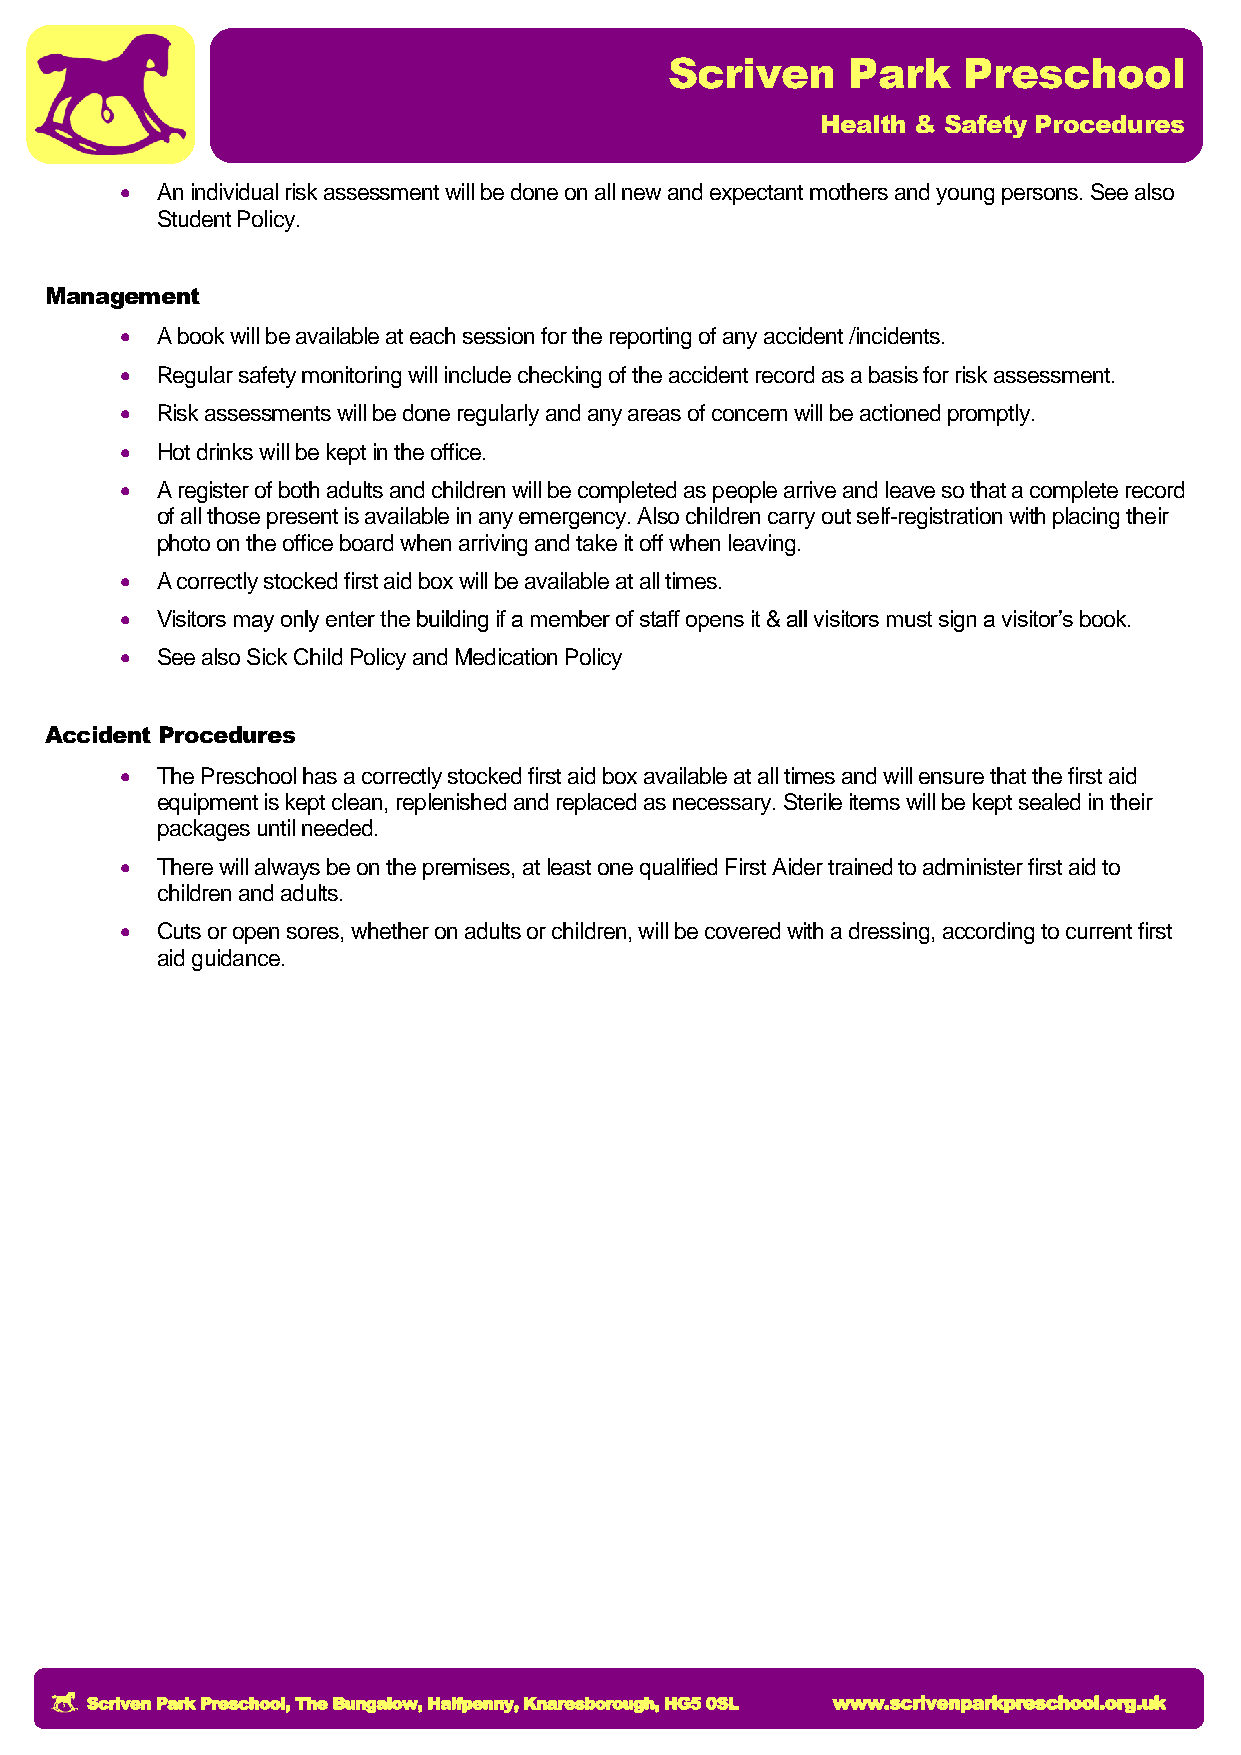
Scriven     Park    Preschool
 Health & Safety Procedures
  An individual risk assessment will be done on all new and expectant mothers and young persons. See also
 Student Policy.
 Management
  A book will be available at each session for the reporting of any accident /incidents.
  Regular safety monitoring will include checking of the accident record as a basis for risk assessment.
  Risk assessments will be done regularly and any areas of concern will be actioned promptly.
  Hot drinks will be kept in the office.
  A register of both adults and children will be completed as people arrive and leave so that a complete record
 of all those present is available in any emergency. Also children carry out self-registration with placing their
 photo on the office board when arriving and take it off when leaving.
  A correctly stocked first aid box will be available at all times.
  Visitors may only enter the building if a member of staff opens it & all visitors must sign a visitor’s book.
  See also Sick Child Policy and Medication Policy
 Accident Procedures
  The Preschool has a correctly stocked first aid box available at all times and will ensure that the first aid
 equipment is kept clean, replenished and replaced as necessary. Sterile items will be kept sealed in their
 packages until needed.
  There will always be on the premises, at least one qualified First Aider trained to administer first aid to
 children and adults.
  Cuts or open sores, whether on adults or children, will be covered with a dressing, according to current first
 aid guidance.
 Scriven Park Preschool, The Bungalow, Halfpenny, Knaresborough, HG5 0SL www.scrivenparkpreschool.org.uk